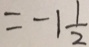
= - 1 \frac { 1 } { 2 }